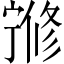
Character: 𡪇